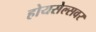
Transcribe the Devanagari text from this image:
होयसेल्सवर